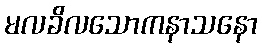
မလခိလသောကနာသနော